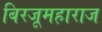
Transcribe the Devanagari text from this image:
बिरजूमहाराज